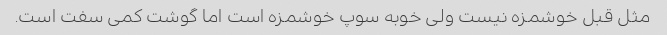
مثل قبل خوشمزه نیست ولی خوبه سوپ خوشمزه است اما گوشت کمی سفت است.